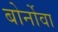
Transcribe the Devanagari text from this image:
बोर्नोवा